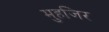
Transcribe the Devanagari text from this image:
मुहजिर